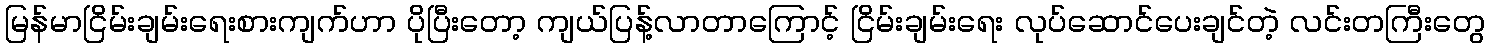
မြန်မာငြိမ်းချမ်းရေးစားကျက်ဟာ ပိုပြီးတော့ ကျယ်ပြန့်လာတာကြောင့် ငြိမ်းချမ်းရေး လုပ်ဆောင်ပေးချင်တဲ့ လင်းတကြီးတွေ